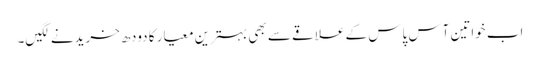
اب خواتین آس پاس کے علاقے سے بھی بہترین معیار کا دودھ خریدنے لگیں۔